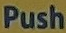
Push